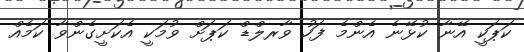
ކަޕަކީ އޭނާ ކުޅޭނެ އެންމެ ފަހު ވާރލްޑް ކަޕަށް ވުމަކީ އެކަށީގެންވާ ކަމެއް